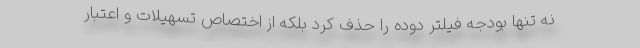
نه تنها بودجه فیلتر دوده را حذف کرد بلکه از اختصاص تسهیلات و اعتبار